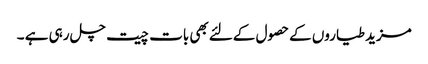
مزید طیاروں کےحصول کےلئےبھی بات چیت چل رہی ہے ۔